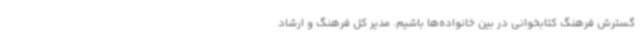
گسترش فرهنگ کتابخوانی در بین خانواده‌ها باشیم. مدیر کل فرهنگ و ارشاد